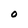
Character: 0